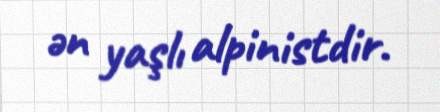
ən yaşlı alpinistdir.